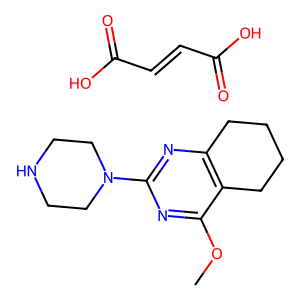
SMILES: COc1nc(N2CCNCC2)nc2c1CCCC2.O=C(O)C=CC(=O)O
Inhibits HIV replication: No